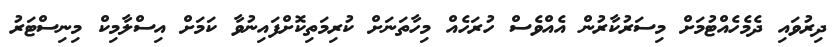
ދިރުވައި ދެމެހެއްޓުމަށް މިސަރުކާރުން އެއްވެސް ހުރަހެއް މިހާތަނަށް ކުރިމަތިކޮށްފައިނުވާ ކަމަށް އިސްލާމިކް މިނިސްޓަރު